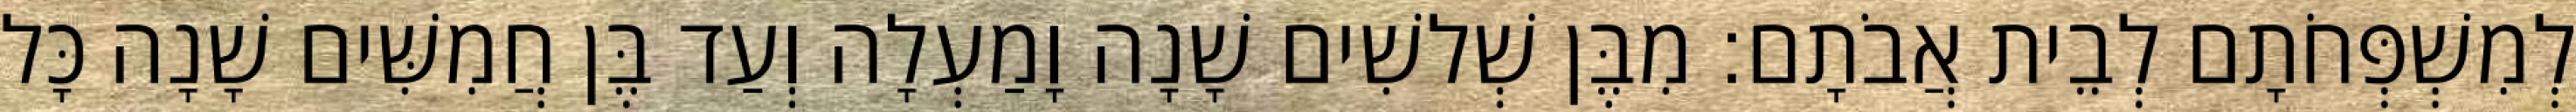
לְמִשְׁפְּחֹתָם לְבֵית אֲבֹתָם׃ מִבֶּן שְׁלשִׁים שָׁנָה וָמַעְלָה וְעַד בֶּן חֲמִשִּׁים שָׁנָה כָּל